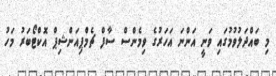
މި ބައްދަލުވުމުގައި ވަނީ އަންނަ އަހަރުގެ ވިމެންސް ސާފް ޗެމްޕިއަންޝިޕް އޮކްޓޯބަރު މަހު